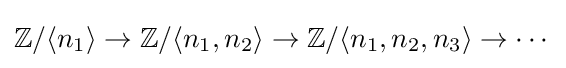
\mathbb {Z} /\langle n_{1}\rangle \rightarrow \mathbb {Z} /\langle n_{1},n_{2}\rangle \rightarrow \mathbb {Z} /\langle n_{1},n_{2},n_{3}\rangle \rightarrow \cdots